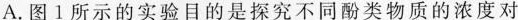
A.图1所示的实验目的是探究不同酚类物质的浓度对